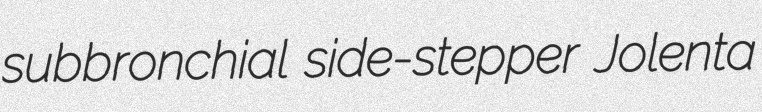
subbronchial side-stepper Jolenta